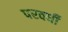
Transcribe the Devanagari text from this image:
परवर्धी